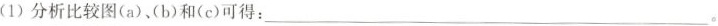
(1)分析比较图(a)、(b)和(c)可得：___。